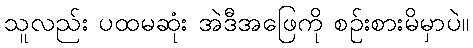
သူလည်း ပထမဆုံး အဲဒီအဖြေကို စဉ်းစားမိမှာပဲ။